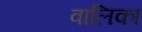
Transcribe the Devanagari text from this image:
वालिका